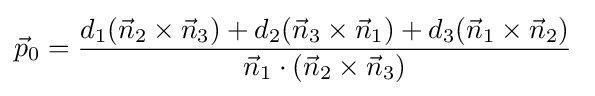
{\vec {p}}_{0}={\frac {d_{1}({\vec {n}}_{2}\times {\vec {n}}_{3})+d_{2}({\vec {n}}_{3}\times {\vec {n}}_{1})+d_{3}({\vec {n}}_{1}\times {\vec {n}}_{2})}{{\vec {n}}_{1}\cdot ({\vec {n}}_{2}\times {\vec {n}}_{3})}}\